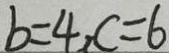
b = 4 , c = 6